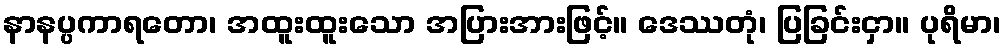
နာနပ္ပကာရတော၊ အထူးထူးသော အပြားအားဖြင့်။ ဒေဿတုံ၊ ပြခြင်းငှာ။ ပုရိမာ၊